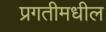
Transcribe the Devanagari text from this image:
प्रगतीमधील